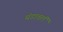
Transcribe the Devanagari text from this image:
थंडावलं